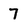
Character: 7